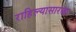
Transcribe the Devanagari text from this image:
राहिल्यासारखा